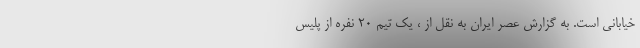
خیابانی است. به گزارش عصر ایران به نقل از ، یک تیم 20 نفره از پلیس